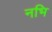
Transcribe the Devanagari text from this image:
नभि